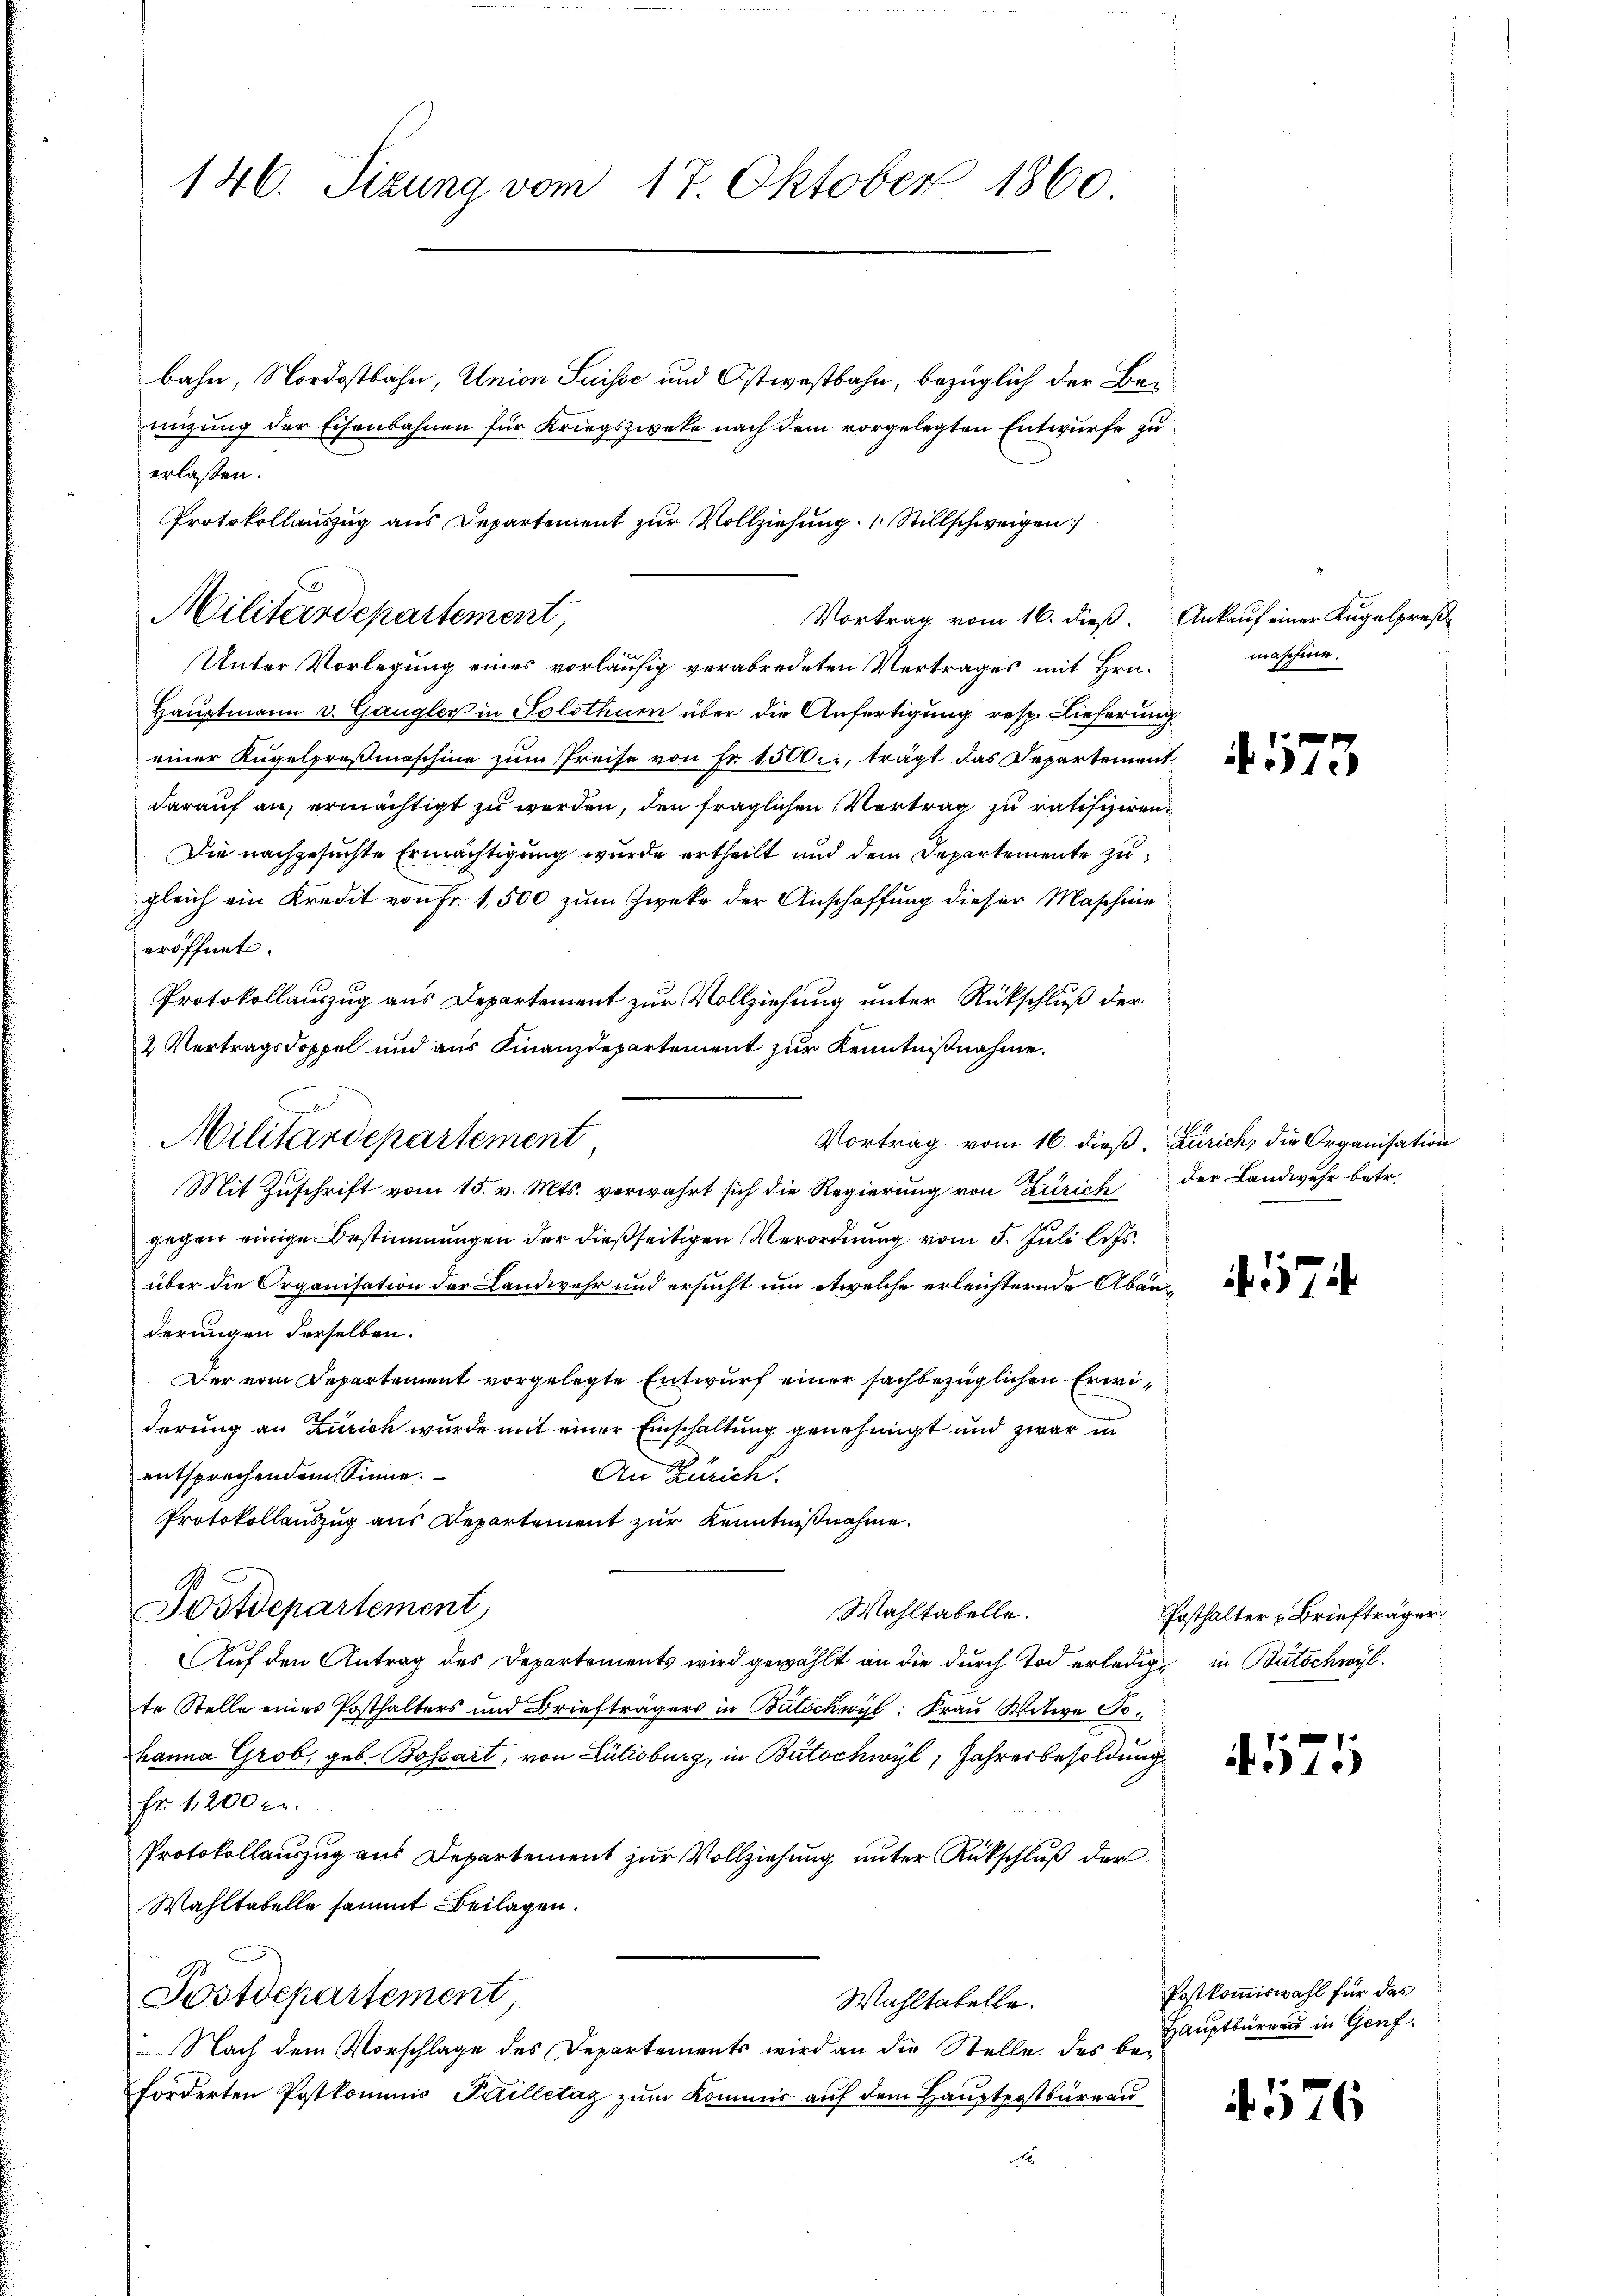
146. Sizung vom 17. Oktober 1860.

bahn, Nordostbahn, Union Suisse und Ostwestbahn, bezüglich der Bemizung der Eisenbahnen für Kriegszweke nach dem vorgelegten Entwurfe zu
Unter Vorlegung eines vorläufig verabredeten Vertrages mit Hrn.
Hauptmann v. Gangler in Solothur über die Anfertigung resp. Lieferung
einer Kugelpreßmaschine zum Preise von Fr. 150 bei, trägt das Departement
darauf an, ermächtigt zu werden, den fraglichen Vertrag zu ratifiziren¬
Die nachgesuchte Ermächtigung wurde ertheilt und dem Departemente zugleich ein Kredit von Fr. 1,500 zum Zweke der Anschaffung dieser Maschine
eröffnet.
Protokollauszug aus Departement zur Vollziehung unter Rückschluß der
2 Vertragsdoppel und aus Finanzdepartement zur Kenntnißnahme.
Vortrag vom 16. dieß, Zürich, die Organisation
Mit Zŭschrift vom 15. v. Mts. verwahrt sich die Regierŭng von Zürich der Landwehr betr.
gegen einige Bestimmungen der dießseitigen Verordnung vom 5. Juli l. Js.
über die Organisation der Landwehr und ersucht um etwelche erleichternde Abänderungen derselben.
Der vom Departement vorgelegte Entwurf einer sachbezüglichen Erwiderung an Zürich wurde mit einer Einschaltung genehmigt und zwar in
entsprechendem Sinne.
An Zürich.
Protokollauszug aus Repartement zur Kenntnißnahme.
Postdepartement
Wahltabelle.
Auf den Antrag des Departements wird gewählt an die durch Tod erledige in Bütschwyl
te Stelle eines Posthalters und Briefträgers in Butschwyl: Frau Witwe Johanna Grob, geb. Bossart, von Lutisburg, in Bütschwyl, Jahresbesoldung
fr. 1200 c.
Protokollauszug aus Departement zur Vollziehung unter Rückschluß der
Wahltabelle sammt Beilagen.
Postdepartement
Wahltabelle.
Nach dem Vorschlage des Departements wird an die Stelle des beforderten Postkommis Pilletaz zum Kommis auf dem Hauptpostbüreau
A

erlassen.
Protokollauszug aus Departement zur Vollziehung. Stillschweigen
Militärdepartement,
Vortrag vom 16. dieß. Ankauf einer Kugelpreß¬

Militärdepartement

maschine.

4. 575

7

Posthalter Briefträger

571

Postkommiswahl für das
Hauptbüreau in Genf

576